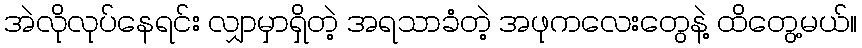
အဲလိုလုပ်နေရင်း လျှာမှာရှိတဲ့ အရသာခံတဲ့ အဖုကလေးတွေနဲ့ ထိတွေ့မယ်။